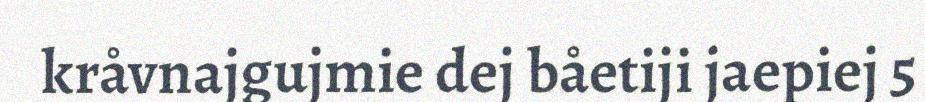
kråvnajgujmie dej båetiji jaepiej 5